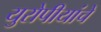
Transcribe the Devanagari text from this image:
युरोपीयांचे